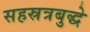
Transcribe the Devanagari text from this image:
सहस्रत्रबुद्धे